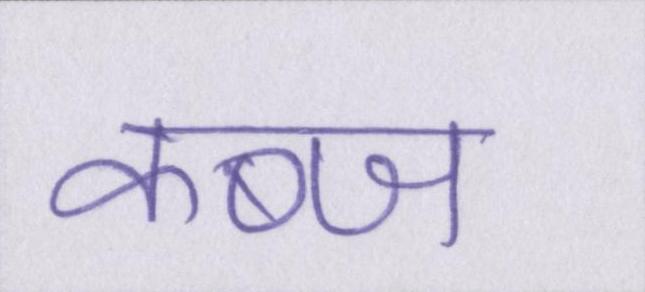
कब्ज